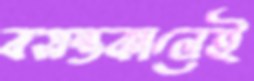
বসন্তকালেই